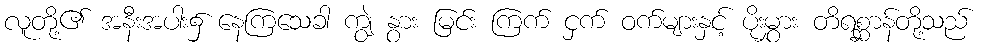
လူတို့၏ အနီးအပါး၌ နေကြသေခါ ကျွဲ နွား မြင်း ကြက် ငှက် ဝက်များနှင့် ပိုးမွှား တိရစ္ဆာန်တို့သည်